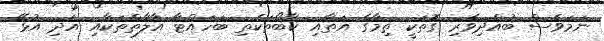
ނަމަވެސް ބުއްދިވެރި ގޮތަކީ ތިމާގެ އަތާއި ކާބޯތަކެތި ބަހައްޓާ އާލާތްތަކާއި އަދި އުޅޭ